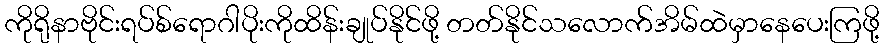
ကိုရိုနာဗိုင်းရပ်စ်ရောဂါပိုးကိုထိန်းချုပ်နိုင်ဖို့ တတ်နိုင်သလောက်အိမ်ထဲမှာနေပေးကြဖို့